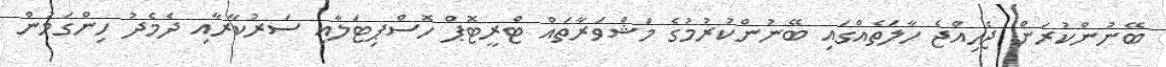
ބޭނުންކުރަން ޖެހިއްޖެ ހާލަތެއްގައި ބޭނުންކުރުމުގެ މަޝްވަރާތައް ޓްރީޓޮޕް ހޮސްޕިޓަލާއި ސަރުކާރާއި ދެމެދު ހިންގަމުން